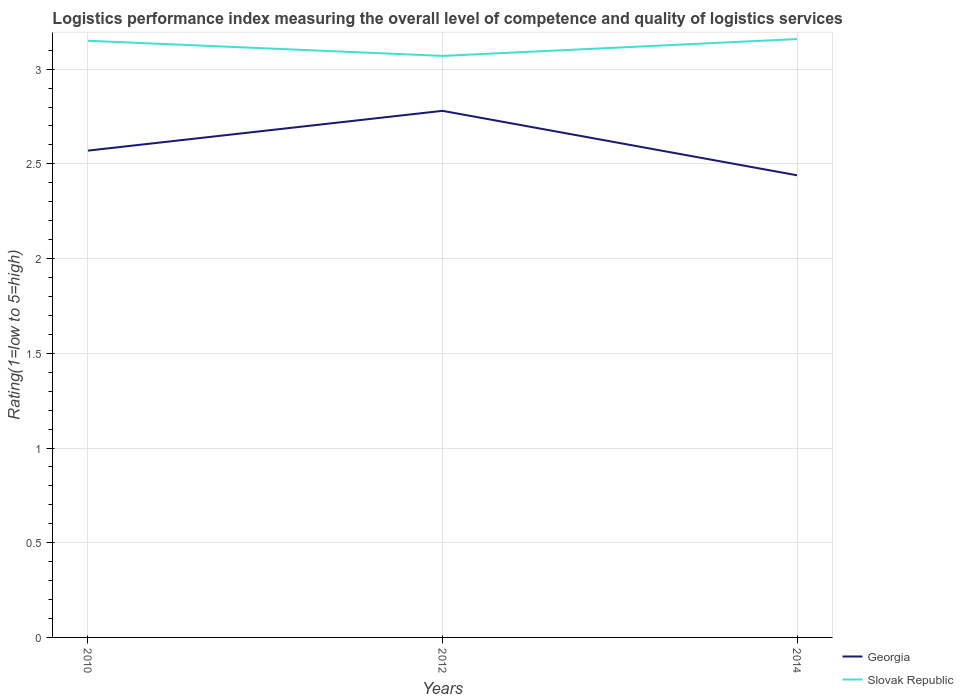
| Years | Georgia | Slovak Republic |
 | --- | --- | --- |
 | 2010 | 2.57 | 3.15 |
 | 2012 | 2.78 | 3.07 |
 | 2014 | 2.44 | 3.16 |